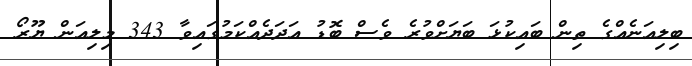
ބިލިއަނެއްގެ ތިން ބައިކުޅަ ބަޔަށްވުރެ ވެސް ބޮޑު އަދަދެއްކަމުގައިވާ 343 މިލިއަން ޔޫރޯ